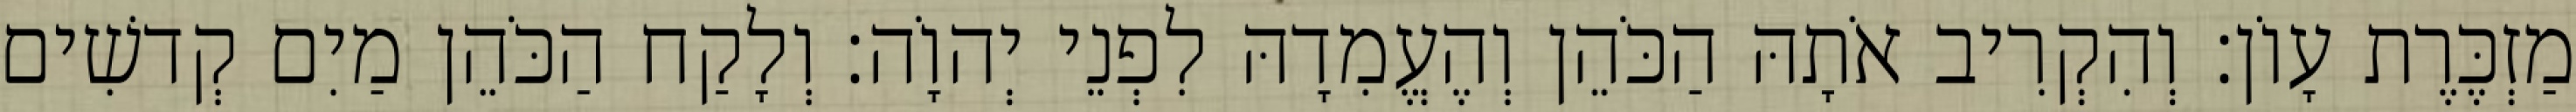
מַזְכֶּרֶת עָוֹן׃ וְהִקְרִיב אֹתָהּ הַכֹּהֵן וְהֶעֱמִדָהּ לִפְנֵי יְהוָֹה׃ וְלָקַח הַכֹּהֵן מַיִם קְדשִׁים